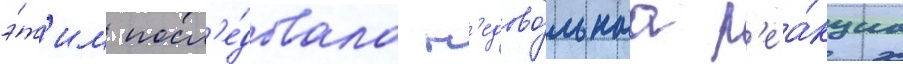
э́т'им посл'е́довала н'едово́льнаа р'еа́кциа